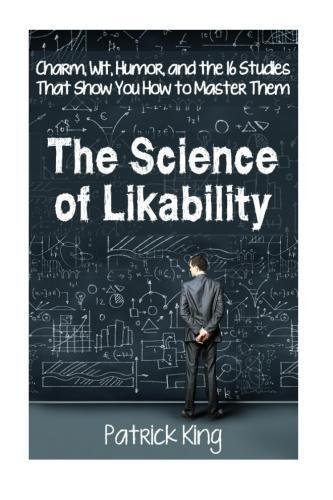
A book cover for The Science of Likability: Charm, Wit, Humor, and the 16 Studies That Show You H; Patrick King; Humor & Entertainment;